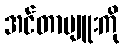
အင်တာဗျူးကို